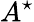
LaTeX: A^{\star}